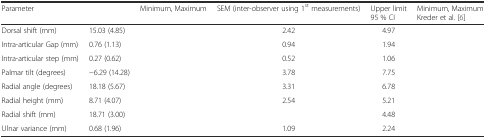
<table><thead><tr><td><b>Parameter</b></td><td>[EMPTY_CELL]</td><td><b>Minimum, Maximum</b></td><td><b>SEM (inter-observer using 1<sup>st</sup> measurements)</b></td><td><b>Upper limit 95 % CI</b></td><td><b>Minimum, Maximum Kreder et al. [6]</b></td></tr></thead><tbody><tr><td>Dorsal shift (mm)</td><td>15.03 (4.85)</td><td>[EMPTY_CELL]</td><td>2.42</td><td>4.97</td><td>[EMPTY_CELL]</td></tr><tr><td>Intra-articular Gap (mm)</td><td>0.76 (1.13)</td><td>[EMPTY_CELL]</td><td>0.94</td><td>1.94</td><td>[EMPTY_CELL]</td></tr><tr><td>Intra-articular step (mm)</td><td>0.27 (0.62)</td><td>[EMPTY_CELL]</td><td>0.52</td><td>1.06</td><td>[EMPTY_CELL]</td></tr><tr><td>Palmar tilt (degrees)</td><td>−6.29 (14.28)</td><td>[EMPTY_CELL]</td><td>3.78</td><td>7.75</td><td>[EMPTY_CELL]</td></tr><tr><td>Radial angle (degrees)</td><td>18.18 (5.67)</td><td>[EMPTY_CELL]</td><td>3.31</td><td>6.78</td><td>[EMPTY_CELL]</td></tr><tr><td>Radial height (mm)</td><td>8.71 (4.07)</td><td>[EMPTY_CELL]</td><td>2.54</td><td>5.21</td><td>[EMPTY_CELL]</td></tr><tr><td>Radial shift (mm)</td><td>18.71 (3.00)</td><td>[EMPTY_CELL]</td><td>[EMPTY_CELL]</td><td>4.48</td><td>[EMPTY_CELL]</td></tr><tr><td>Ulnar variance (mm)</td><td>0.68 (1.96)</td><td>[EMPTY_CELL]</td><td>1.09</td><td>2.24</td><td>[EMPTY_CELL]</td></tr></tbody></table>